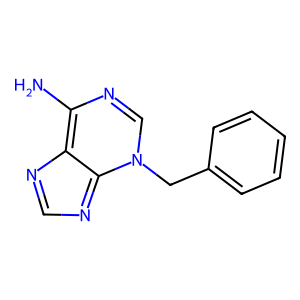
SMILES: Nc1ncn(Cc2ccccc2)c2ncnc1-2
Inhibits HIV replication: No